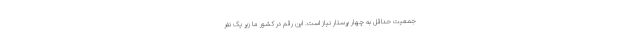
جمعیت حداقل به چهار پرستار نیاز است. این رقم در کشور ما زیر یک نفر